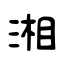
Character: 湘